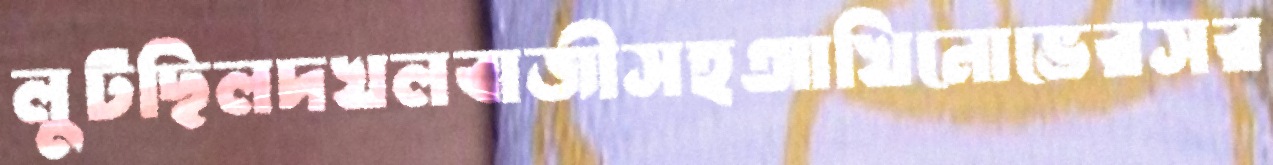
লুটছিলদখলবাজীসহআখিনোভেরসর